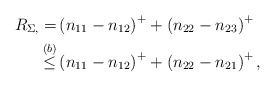
\begin{align*}R_{\Sigma,} =& \left(n_{11}-n_{12}\right)^+ + \left(n_{22}-n_{23}\right)^+ \\\overset{(b)}{\leq}& \left(n_{11}-n_{12}\right)^+ + \left(n_{22}-n_{21}\right)^+,\end{align*}